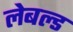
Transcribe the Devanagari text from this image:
लेबल्ड